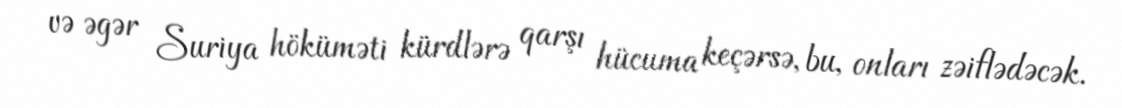
və əgər Suriya höküməti kürdlərə qarşı hücuma keçərsə, bu, onları zəiflədəcək.